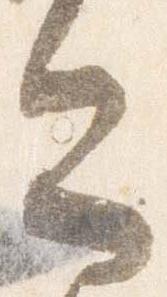
今